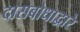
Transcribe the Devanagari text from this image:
दासबोधाद्वारे